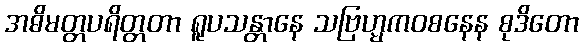
အဓိမတ္တပရိတ္တတာ ရူပသန္တာနေ သဗြဟ္မကဝစနေန စုဒိတော